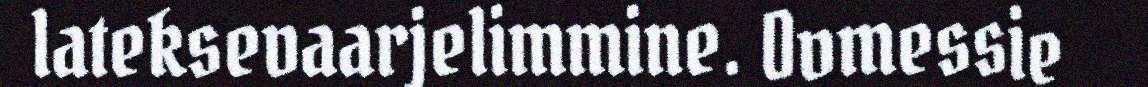
lateksevaarjelimmine. Ovmessie